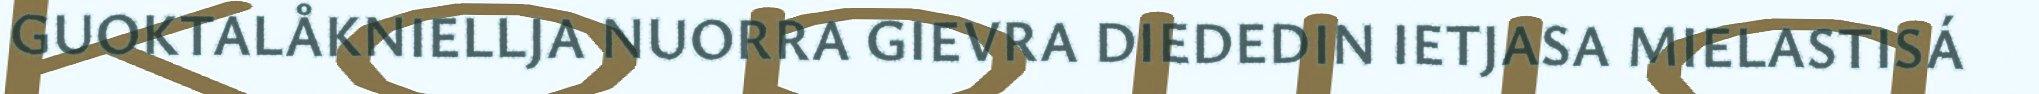
GUOKTALÅKNIELLJA NUORRA GIEVRA DIEDEDIN IETJASA MIELASTISÁ